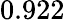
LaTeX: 0.922